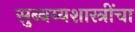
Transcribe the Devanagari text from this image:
सुब्बय्यशास्त्रींचा